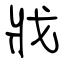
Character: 戕